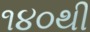
૧૪૦થી